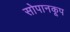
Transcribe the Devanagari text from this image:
सोपानकूप